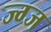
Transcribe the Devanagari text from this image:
ज्ग्ज